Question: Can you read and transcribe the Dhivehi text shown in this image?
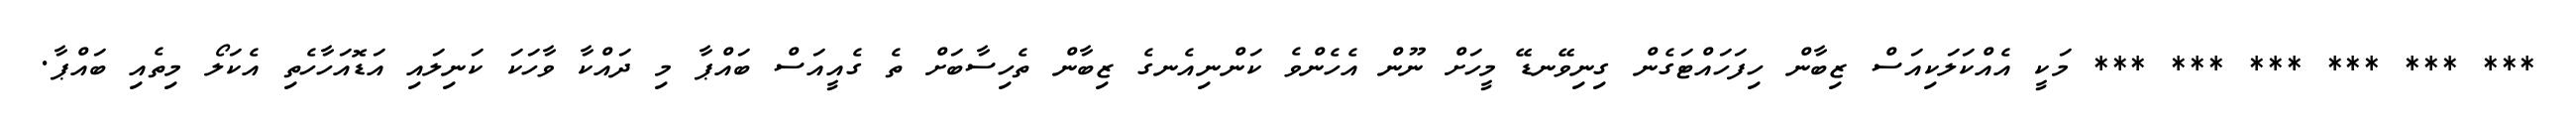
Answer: *** *** *** *** *** *** މަކީ އެއްކަލަކިއަސް ޒިބާން ހިފަހައްޓަގެން ގިނިވޭނޑޭ މީހަށް ނޫން އެހެންވެ ކަންނިއެނގެ ޒިބާން ތެހިސާބަށް ތެ ގެއީއަސް ބައްޕާ މި ދައްކާ ވާހަކަ ކަނިލައި އަޑޮއަހާހެތި އެކަލޯ މިތެއި ބައްޕާ.